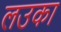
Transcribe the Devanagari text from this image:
लउका